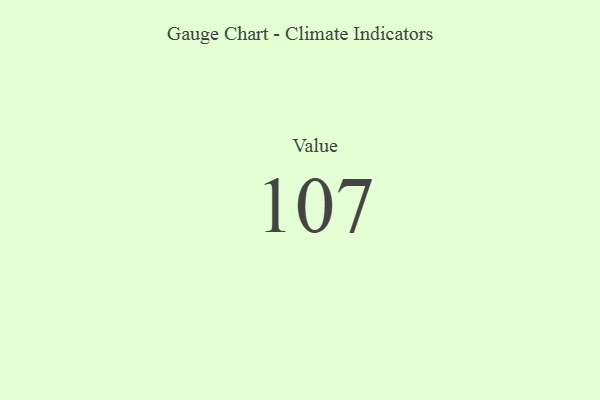
{"axis": {"x": "Metric", "y": "Value"}, "legend": [""], "data": [{"x": "Value", "y": 107, "type": ""}]}